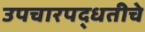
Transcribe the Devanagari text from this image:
उपचारपद्धतीचे